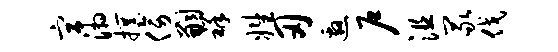
宫湘撰傍嗣祥姓刃邀户沮冢伐